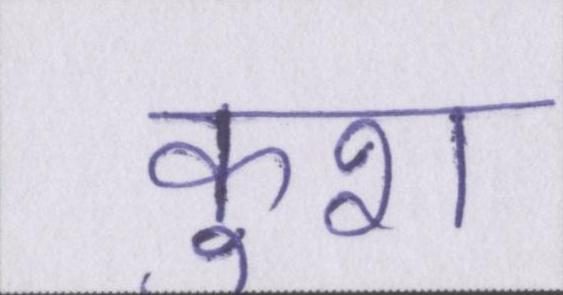
कुश